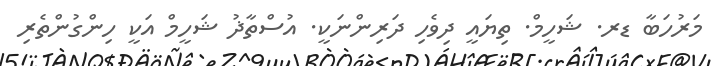
މަރުހަބާ ޑރ. ޝަހީމް. ތިޔައީ ދިވެހި ދަރިންނަކީ. އުސްތާޛު ޝަހީމް އަކީ ހިންގުންތެރި